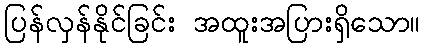
ပြန်လှန်နိုင်ခြင်း အထူးအပြားရှိသော။